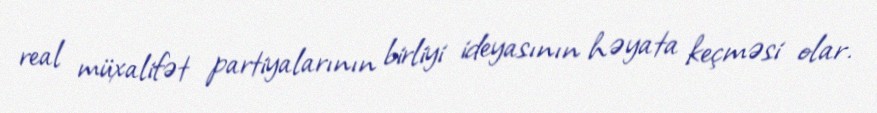
real müxalifət partiyalarının birliyi ideyasının həyata keçməsi olar.